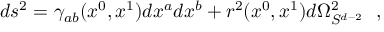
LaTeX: d s ^ { 2 } = \gamma _ { a b } ( x ^ { 0 } , x ^ { 1 } ) d x ^ { a } d x ^ { b } + r ^ { 2 } ( x ^ { 0 } , x ^ { 1 } ) d \Omega _ { S ^ { d - 2 } } ^ { 2 } ~ ~ ,